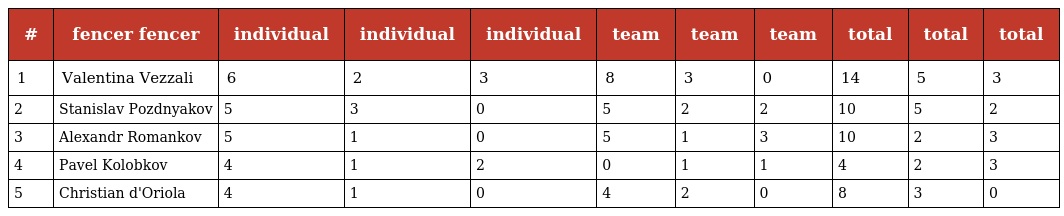
| # | fencer fencer | individual | individual | individual | team | team | team | total | total | total |
 | --- | --- | --- | --- | --- | --- | --- | --- | --- | --- | --- |
 | 1 | Valentina Vezzali | 6 | 2 | 3 | 8 | 3 | 0 | 14 | 5 | 3 |
 | 2 | Stanislav Pozdnyakov | 5 | 3 | 0 | 5 | 2 | 2 | 10 | 5 | 2 |
 | 3 | Alexandr Romankov | 5 | 1 | 0 | 5 | 1 | 3 | 10 | 2 | 3 |
 | 4 | Pavel Kolobkov | 4 | 1 | 2 | 0 | 1 | 1 | 4 | 2 | 3 |
 | 5 | Christian d'Oriola | 4 | 1 | 0 | 4 | 2 | 0 | 8 | 3 | 0 |